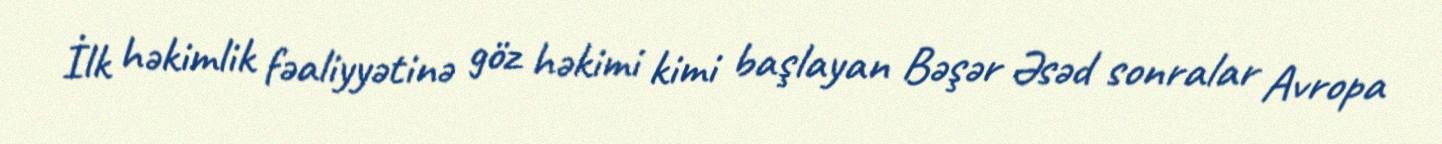
İlk həkimlik fəaliyyətinə göz həkimi kimi başlayan Bəşər Əsəd sonralar Avropa